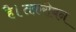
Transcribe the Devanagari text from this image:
है।तक़रीबन